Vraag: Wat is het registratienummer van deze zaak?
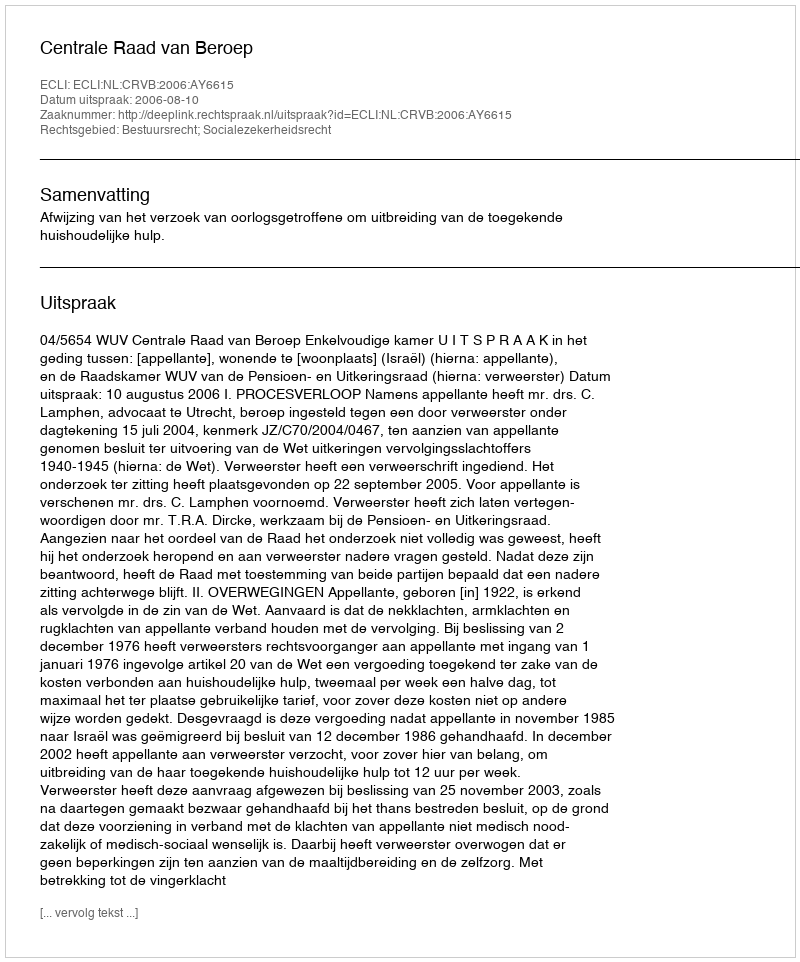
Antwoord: http://deeplink.rechtspraak.nl/uitspraak?id=ECLI:NL:CRVB:2006:AY6615